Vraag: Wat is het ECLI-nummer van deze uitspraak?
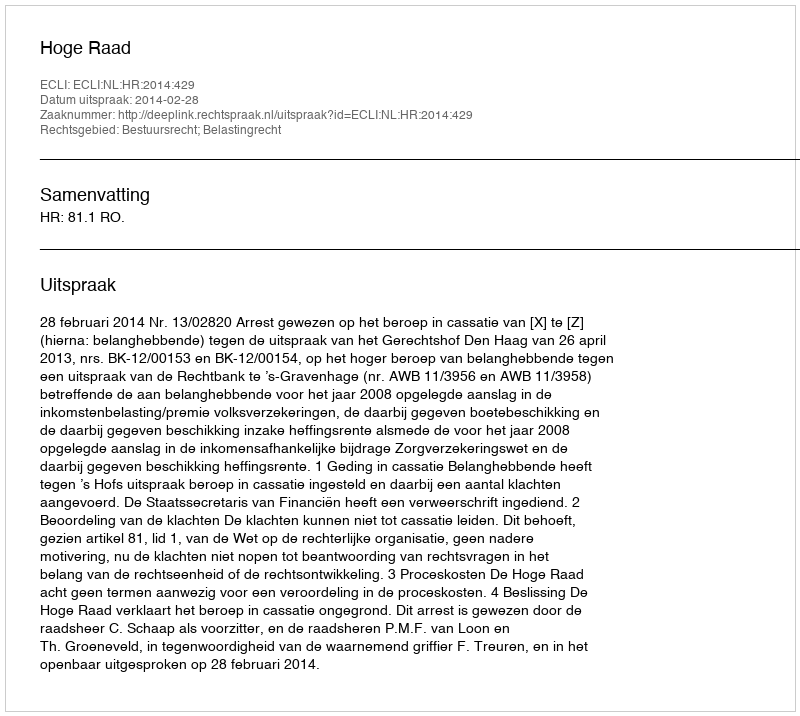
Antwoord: ECLI:NL:HR:2014:429